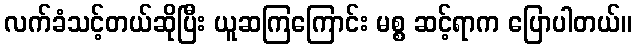
လက်ခံသင့်တယ်ဆိုပြီး ယူဆကြကြောင်း မစ္စ ဆင့်ရာက ပြောပါတယ်။